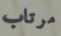
مرتاب